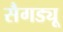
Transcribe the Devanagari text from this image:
सैगड्यू